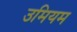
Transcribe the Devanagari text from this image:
उमियम